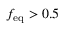
f _ { \mathrm { e q } } > 0 . 5